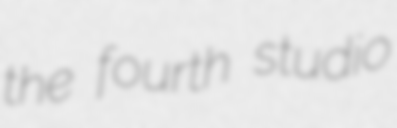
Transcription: the fourth studio